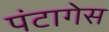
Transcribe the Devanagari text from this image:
पंटागेस